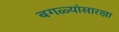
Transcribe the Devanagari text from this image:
बगळ्यांसारखा